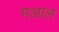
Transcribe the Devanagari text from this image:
मआल